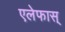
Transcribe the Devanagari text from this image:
एलेफास्